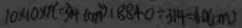
1 0 \times 1 0 \times \pi = 3 1 4 ( c m ^ { 2 } ) ( 8 8 4 0 \div 3 1 4 = 6 0 ( c m )